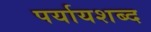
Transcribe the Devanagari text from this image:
पर्यायशब्द